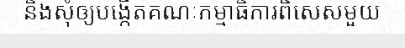
និងសុំឲ្យបង្កើតគណៈកម្មាធិការពិសេសមួយ